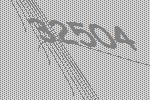
32504